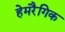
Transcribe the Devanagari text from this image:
हेमरैगिक